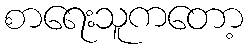
စာရေးသူကတော့